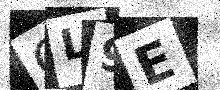
Text: OL9E